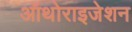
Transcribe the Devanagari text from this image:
ऑथोराइजेशन